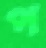
প